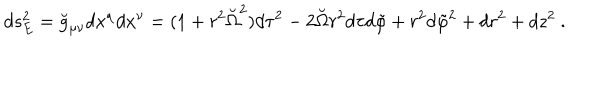
d s _ { E } ^ { 2 } = \breve { g } _ { \mu \nu } d x ^ { \mu } d x ^ { \nu } = ( 1 + r ^ { 2 } \breve { \Omega } ^ { 2 } ) d \tau ^ { 2 } - 2 \breve { \Omega } r ^ { 2 } d \tau d \tilde { \varphi } + r ^ { 2 } d \tilde { \varphi } ^ { 2 } + d r ^ { 2 } + d z ^ { 2 } ~ .